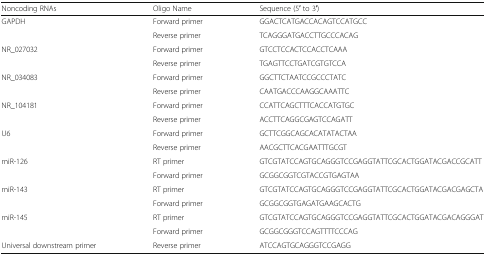
<table><thead><tr><td><b>Noncoding RNAs</b></td><td><b>Oligo Name</b></td><td><b>Sequence (5′ to 3′)</b></td></tr></thead><tbody><tr><td rowspan="2">GAPDH</td><td>Forward primer</td><td>GGACTCATGACCACAGTCCATGCC</td></tr><tr><td>Reverse primer</td><td>TCAGGGATGACCTTGCCCACAG</td></tr><tr><td rowspan="2">NR_027032</td><td>Forward primer</td><td>GTCCTCCACTCCACCTCAAA</td></tr><tr><td>Reverse primer</td><td>TGAGTTCCTGATCGTGTCCA</td></tr><tr><td rowspan="2">NR_034083</td><td>Forward primer</td><td>GGCTTCTAATCCGCCCTATC</td></tr><tr><td>Reverse primer</td><td>CAATGACCCAAGGCAAATTC</td></tr><tr><td rowspan="2">NR_104181</td><td>Forward primer</td><td>CCATTCAGCTTTCACCATGTGC</td></tr><tr><td>Reverse primer</td><td>ACCTTCAGGCGAGTCCAGATT</td></tr><tr><td rowspan="2">U6</td><td>Forward primer</td><td>GCTTCGGCAGCACATATACTAA</td></tr><tr><td>Reverse primer</td><td>AACGCTTCACGAATTTGCGT</td></tr><tr><td rowspan="2">miR-126</td><td>RT primer</td><td>GTCGTATCCAGTGCAGGGTCCGAGGTATTCGCACTGGATACGACCGCATT</td></tr><tr><td>Forward primer</td><td>GCGGCGGTCGTACCGTGAGTAA</td></tr><tr><td rowspan="2">miR-143</td><td>RT primer</td><td>GTCGTATCCAGTGCAGGGTCCGAGGTATTCGCACTGGATACGACGAGCTA</td></tr><tr><td>Forward primer</td><td>GCGGCGGTGAGATGAAGCACTG</td></tr><tr><td rowspan="2">miR-145</td><td>RT primer</td><td>GTCGTATCCAGTGCAGGGTCCGAGGTATTCGCACTGGATACGACAGGGAT</td></tr><tr><td>Forward primer</td><td>GCGGCGGGTCCAGTTTTCCCAG</td></tr><tr><td>Universal downstream primer</td><td>Reverse primer</td><td>ATCCAGTGCAGGGTCCGAGG</td></tr></tbody></table>